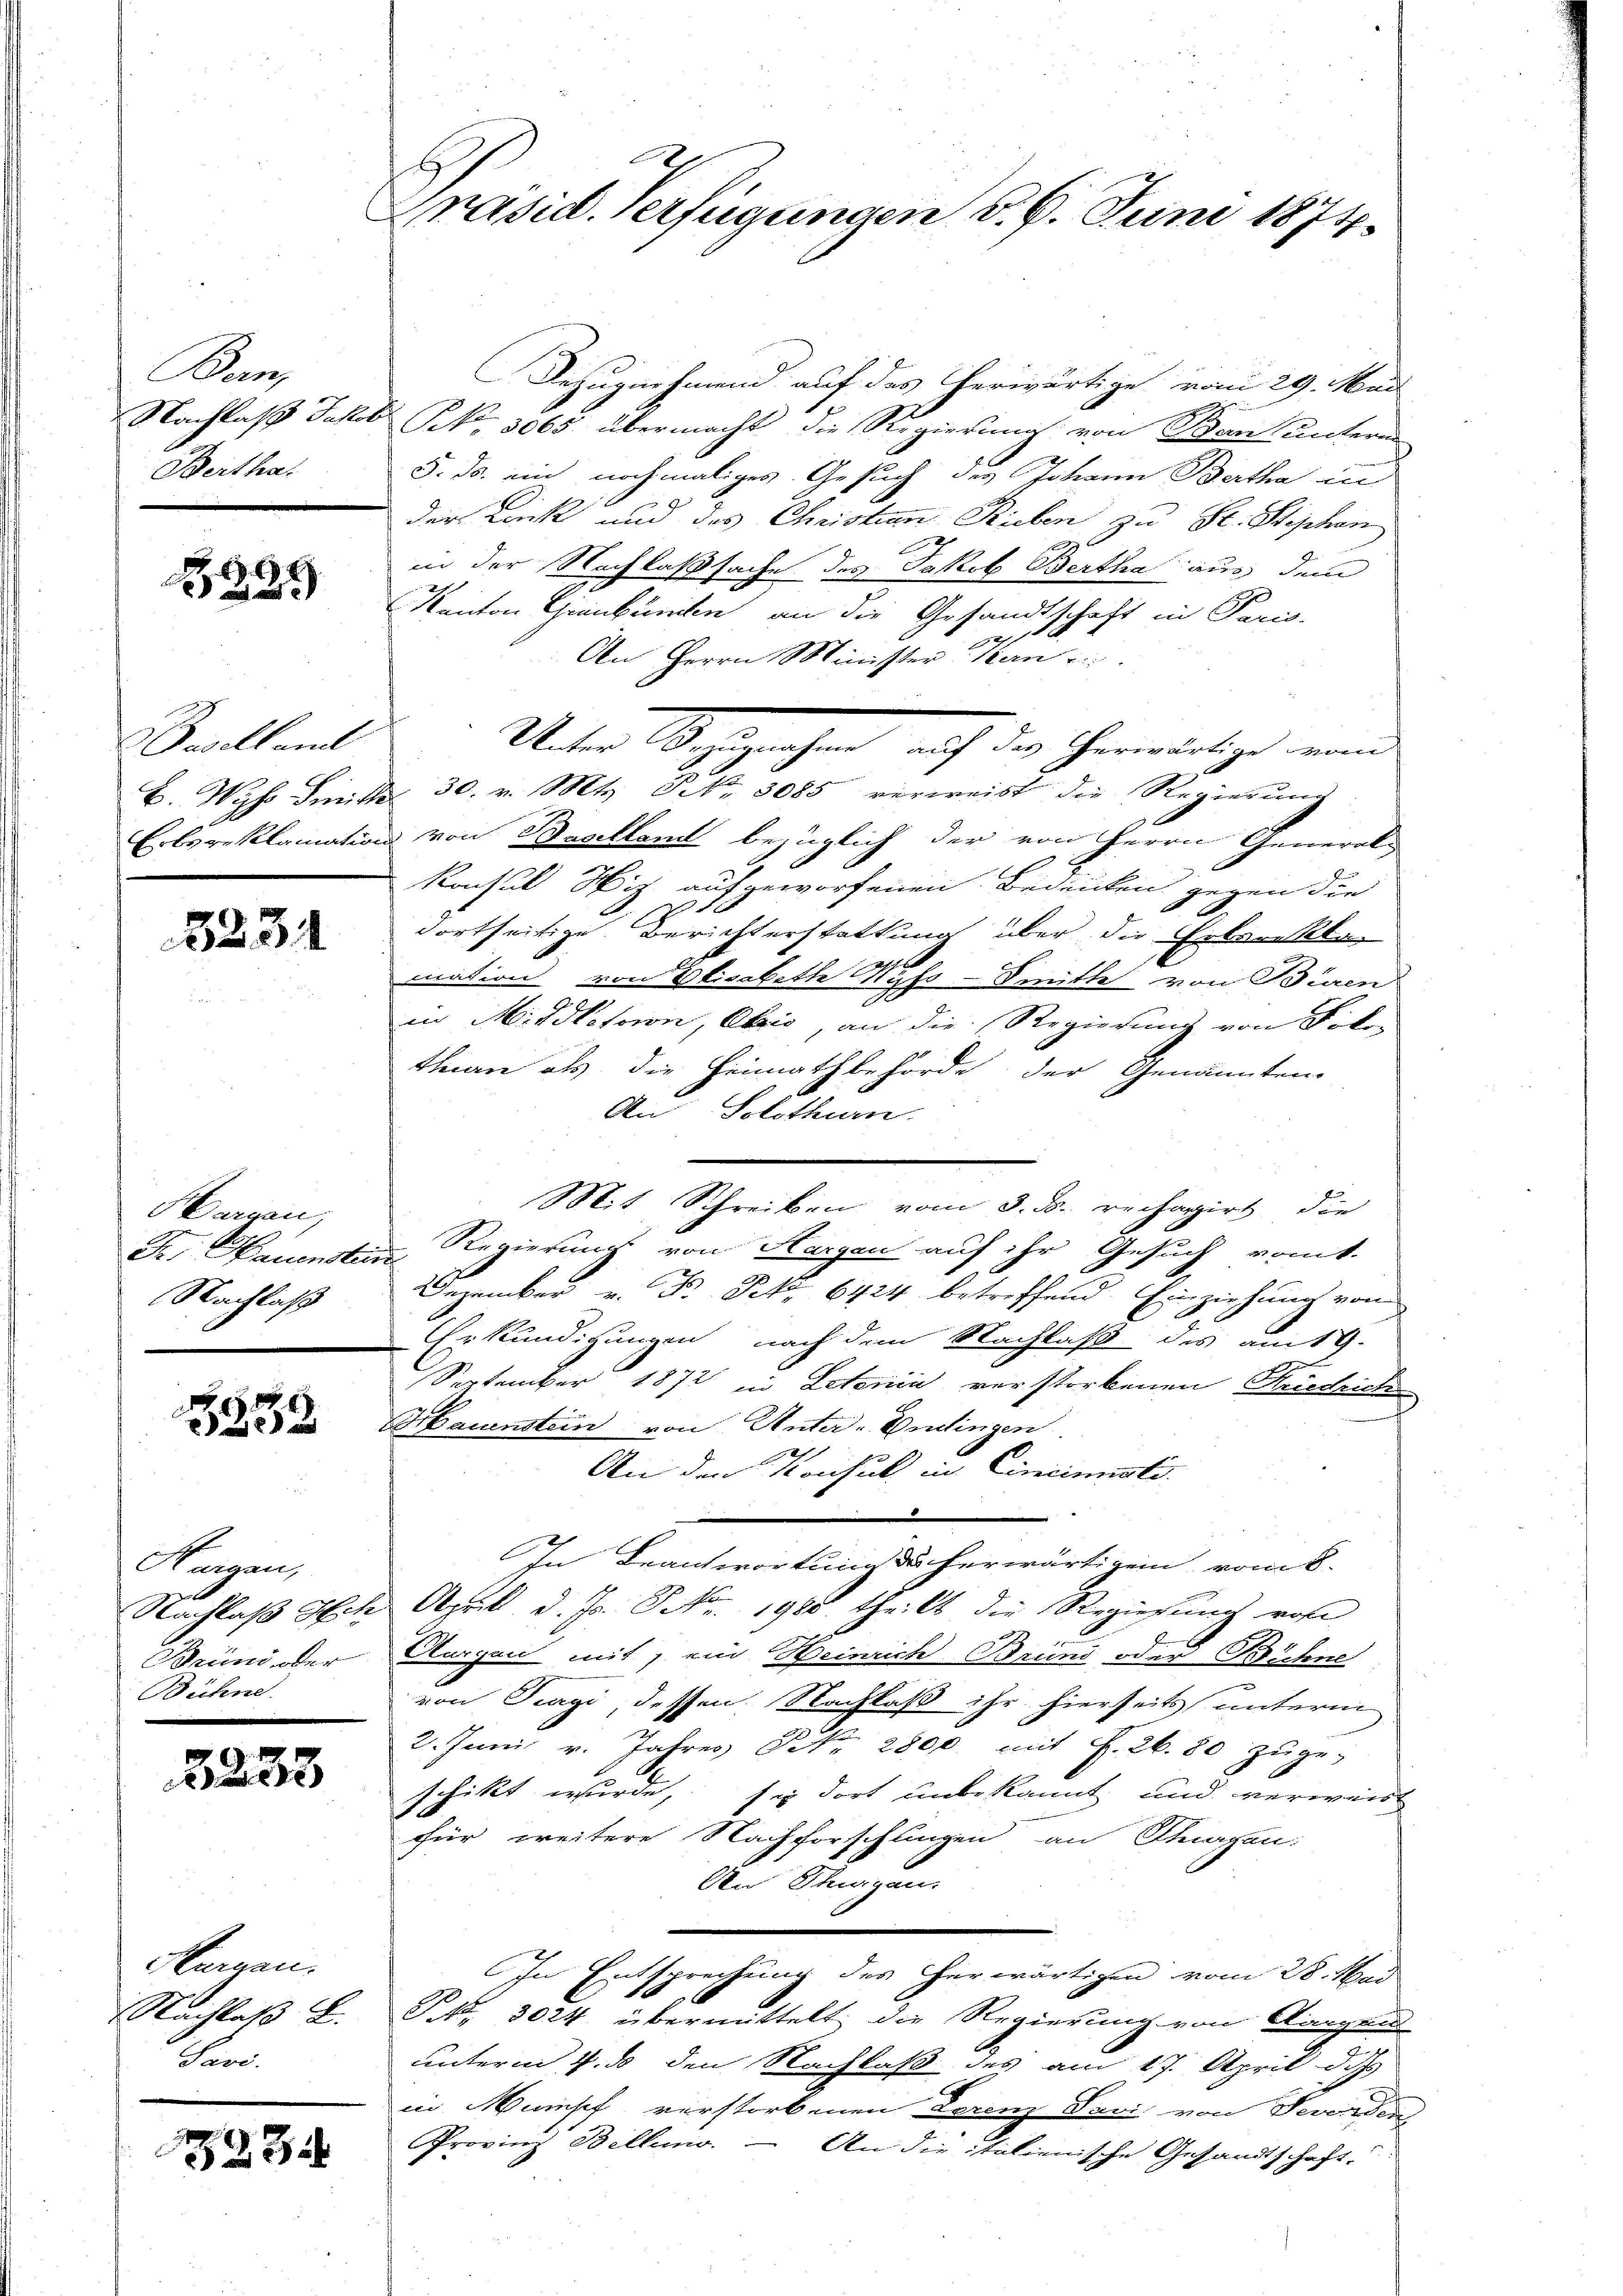
Bern,
Berthal

2239

Daselland

3234

Hargau,
Nachlaß

26

Hargen,
Bühne.

2233

Thurgau.
Pars.

23.

Präsid. Verfügungen d. 6. Juni 1874.

Bezugnehmend auf das herwärtige vom 29. Mai
Nachlaß Jakob No. 3065 übermacht, die Regierung von Bern unterm
§. ds. ein nochmaliges Gesuch des Johann Bartha in
der Lack und des Christian Rieben zu St. Stephan
f
in der Nachlaßsache des Jakob Bertha aus dem
Kanton Graubünden, an die Gesandtschaft in Paris
2
An Herrn Minister Man
B. Wyss Sinit 30. v. Mts. Frk. 8085 verweist die Regierung
Erbpreklamation von Basellant bezüglich der von Herrn General¬
Konsul Hiz aufgeworfenen Bedenken gegen die
dortseitige Berichterstattung über die Erbarakter
E
mation von Elisabeth Kyss-Finmitte von Büren
in Missletoron, Obris, an die Regierung von Föko-
than als die Heimathbehörde der Genannten
An Solothurn.
Mit Schreiben vom 3. ds. rechagirt, die
Dr. Hauensten Regierung von Horgen auf ihr Gesuch vomt.
Dezember v. Fr. Petr. 6424 betreffend Einziehung von
Erkundigungen, nach dem Nachlaß des am 19.
September 1872 in Letenin verstorbenen Griechich
Brbauenstein von Unter - Endlingen
2
An den Konsul in Cincinisti
Beantwortung des herwärtigen vom 8.
Nachlaß Hch. April d. Js. S. Nr. 1988. theils die Regierung von
Bründ oder Aargau mit, ein Heinrich Bründ oder Bühne
von Surgi dessen. Nachlaß ihr hierseits unterm
2. Juni v. Jahres Frk. 2800 mit S. 26. 80 zŭge-
schikt wurde, sie dort unbekannt und verweist
für weitere Nachforschlingen an Chagen:
Un Thurgau.
In Entsprechung des erwärtigen vom 28. Mai
Nachlaβ L. S. 3024 übermittelt die Regierung von Aargar
unterm 4. ds den Nachlaß des am 17. April das
in Mumpf verstorbenen Torenz Pavi von Severden
Provinz Bellino. — An die italienische Gesandtschaft,

Unter Bezeichen, auf die Gemeinige einde